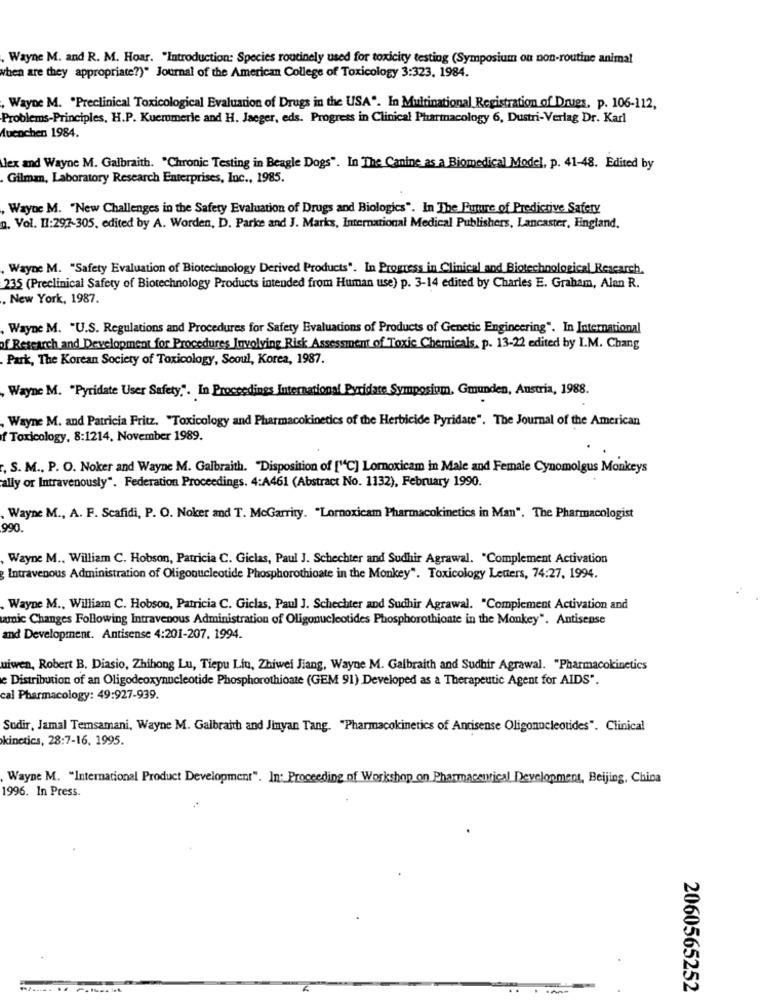
. Wayne M. and R. M. Hoar. "Introduction: Species routinely used for toxicity testing (Symposium on non-routine animal
when are they appropriate?)" Journal of the American College of Toxicology 3:323. 1984.
Wayne M. "Preclinical Toxicological Evaluation of Drugs in the USA". In Multinational Registration of Drues, p. 106-112,
Problems-Principles, H.P. Kuemmerle and H. Jaeger, eds. Progress in Clinical Pharmacology 6, Dustri-Verlag Dr. Karl
Muenchen 1984.
lex and Wayne M. Galbraith. "Chronic Testing in Beagle Dogs". In The Canine as a Biomedical Model, p. 41-48. Edited by
Gilman, Laboratory Research Enterprises, Inc ., 1985.
. Wayne M. "New Challenges in the Safety Evaluation of Drugs and Biologics". In The Future of Predictive Safety
n. Vol. II:297-305, edited by A. Worden, D. Parke and J. Marks, International Medical Publishers, Lancaster, England,
. Wayne M. "Safety Evaluation of Biotechnology Derived Products". In Progress in Clinical and Biotechnological Research.
235 (Preclinical Safety of Biotechnology Products intended from Human use) p. 3-14 edited by Charles E. Graham, Alan R.
New York, 1987.
Wayne M. "U.S. Regulations and Procedures for Safety Evaluations of Products of Genetic Engineering". In International
of Research and Development for Procedures Involving Risk Assessment of Toxic Chemicals. p. 13-22 edited by I.M. Chang
Park, The Korean Society of Toxicology, Seoul, Korea, 1987.
Wayne M. "Pyridate User Safety,". In Proceedings International Pyridate Symposium, Gmunden, Austria, 1988.
Wayne M. and Patricia Fritz, "Toxicology and Pharmacokinetics of the Herbicide Pyridate". The Journal of the American
f Toxicology, 8:1214. November 1989.
, S. M ., P. O. Noker and Wayne M. Galbraith. "Disposition of ["C] Lomoxicam in Male and Female Cynomolgus Monkeys
ally or Intravenously". Federation Proceedings. 4:A461 (Abstract No. 1132), February 1990.
Wayne M ., A. F. Scafidi, P. O. Noker and T. McGarrity. "Lornoxicam Pharmacokinetics in Man". The Pharmacologist
990.
Wayne M ., William C. Hobson, Patricia C. Giclas, Paul J. Schechter and Sudhir Agrawal. "Complement Activation
Intravenous Administration of Oligonucleotide Phosphorothioate in the Monkey". Toxicology Letters, 74:27, 1994.
. Wayne M ., William C. Hobson, Patricia C. Giclas, Paul J. Schechter and Sudhir Agrawal. "Complement Activation and
amic Changes Following Intravenous Administration of Oligonucleotides Phosphorothioate in the Monkey". Antisense
and Development. Antisense 4:201-207. 1994.
uiwen, Robert B. Diasio, Zhihong Lu, Tiepu Lin, Zhiwei Jiang, Wayne M. Galbraith and Sudhir Agrawal. "Pharmacokinetics
e Distribution of an Oligodeoxynucleotide Phosphorothioate (GEM 91) Developed as a Therapeutic Agent for AIDS".
cal Pharmacology: 49:927-939.
Sudir, Jamal Temsamani, Wayne M. Galbraith and Jinyan Tang. "Pharmacokinetics of Antisense Oligonucleotides". Clinical
kinetics, 28:7-16, 1995.
Wayne M. "Internacional Product Development". In: Proceeding of Workshop on Pharmaceutical Development, Beijing, China
1996. In Press.
2060565252